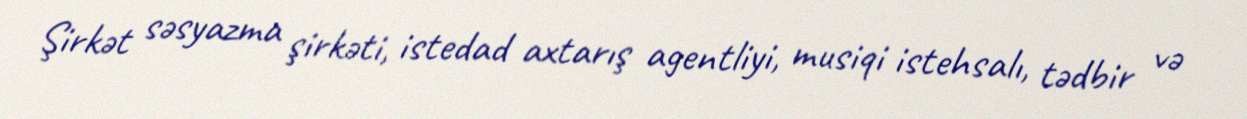
Şirkət səsyazma şirkəti, istedad axtarış agentliyi, musiqi istehsalı, tədbir və